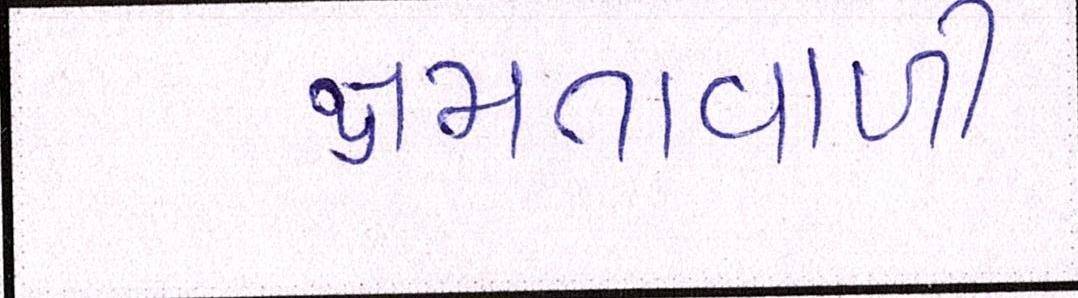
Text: ક્ષમતાવાળી